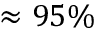
\approx 9 5 \%